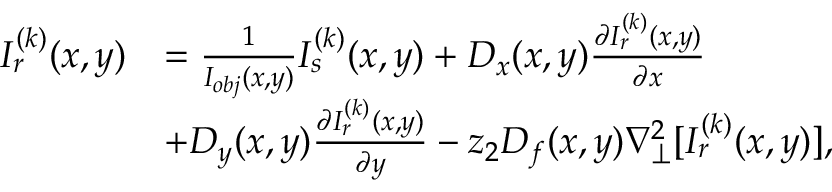
\begin{array} { r l } { I _ { r } ^ { ( k ) } ( x , y ) } & { = \frac { 1 } { I _ { o b j } ( x , y ) } I _ { s } ^ { ( k ) } ( x , y ) + D _ { x } ( x , y ) \frac { \partial I _ { r } ^ { ( k ) } ( x , y ) } { \partial x } } \\ & { + D _ { y } ( x , y ) \frac { \partial I _ { r } ^ { ( k ) } ( x , y ) } { \partial y } - z _ { 2 } D _ { f } ( x , y ) \nabla _ { \perp } ^ { 2 } [ I _ { r } ^ { ( k ) } ( x , y ) ] , } \end{array}